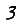
Digit: 3